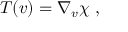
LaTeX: T ( v ) = \nabla _ { v } \chi ~ ,